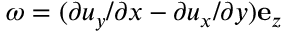
\omega = ( \partial u _ { y } / \partial x - \partial u _ { x } / \partial y ) \mathbf { e } _ { z }